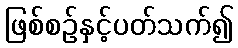
ဖြစ်စဉ်နှင့်ပတ်သက်၍